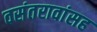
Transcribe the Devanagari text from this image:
वसंतरावांसह